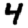
Digit: 4